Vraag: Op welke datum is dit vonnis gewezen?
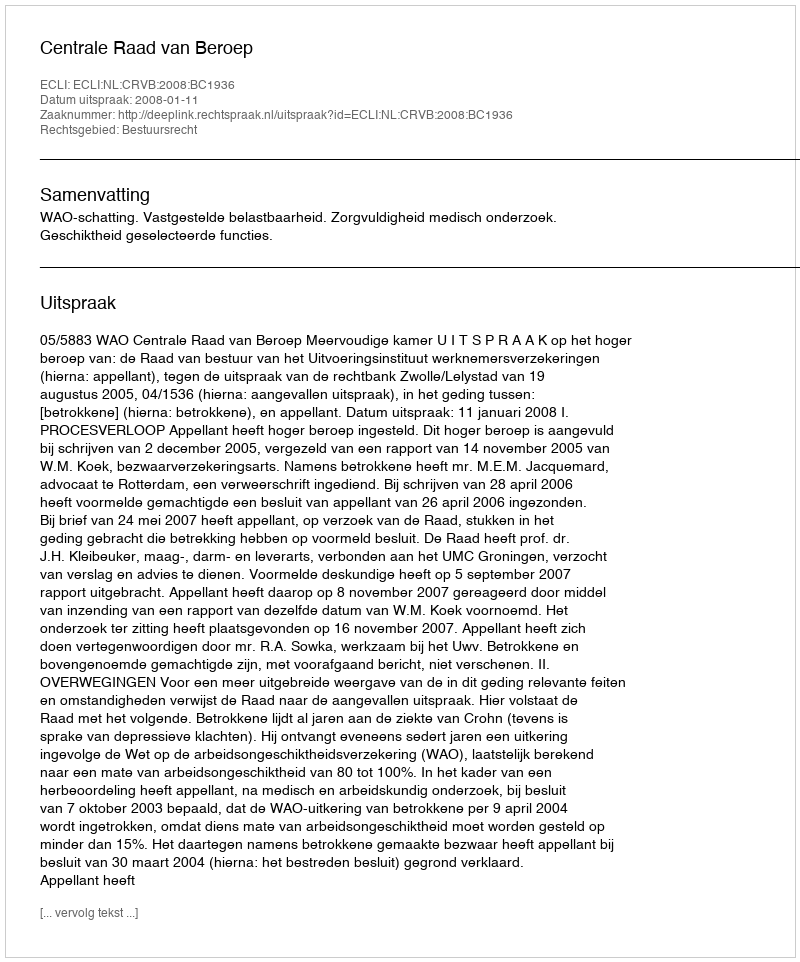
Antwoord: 2008-01-11